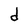
Character: d